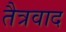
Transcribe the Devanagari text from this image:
तैत्रवाद